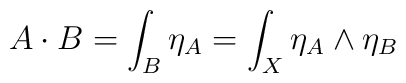
A \cdot B = \int_{B} \eta_{A}= \int_{X} \eta_{A} \wedge \eta_{B}